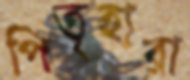
পিতৃহারা